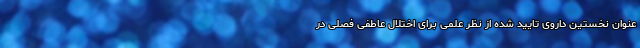
عنوان نخستین داروی تایید شده از نظر علمی برای اختلال عاطفی فصلی در